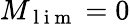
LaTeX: M_{\mathrm{~l~i~m~}}=0